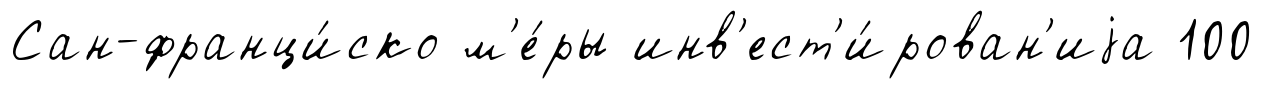
Сан-франци́ско м'е́ры инв'ест'и́рован'иjа 100